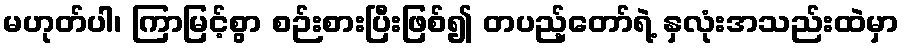
မဟုတ်ပါ၊ ကြာမြင့်စွာ စဉ်းစားပြီးဖြစ်၍ တပည့်တော်ရဲ့ နှလုံးအသည်းထဲမှာ